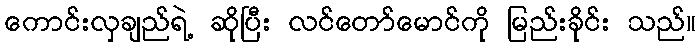
ကောင်းလှချည်ရဲ့ ဆိုပြီး လင်တော်မောင်ကို မြည်းခိုင်း သည်။